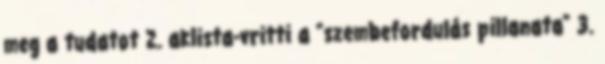
meg a tudatot 2. aklista-vritti a "szembefordulás pillanata" 3.